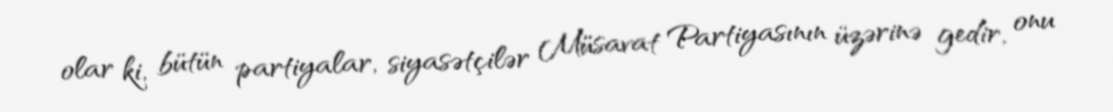
olar ki, bütün partiyalar, siyasətçilər Müsavat Partiyasının üzərinə gedir, onu